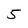
Character: 5